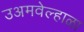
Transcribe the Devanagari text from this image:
उअमवेल्हाळा